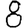
Digit: 8